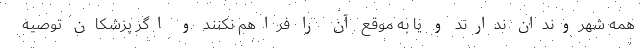
همه شهروندان ندارند و یا به موقع آن را فراهم نکنند و اگر پزشکان توصیه